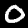
Digit: 0